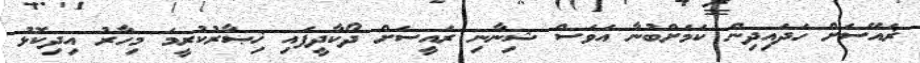
ޜައޭސަށް ހަދައިދިން ކަމަށްބުނާ އަވަސް ޝިނާނި ރައީސަށް ދޯކާދީފައި ޚިޞާރުކުރީމަ މިހާރު އިދިކޮޅު